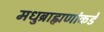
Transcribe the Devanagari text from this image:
मधुब्राह्मणांकडे